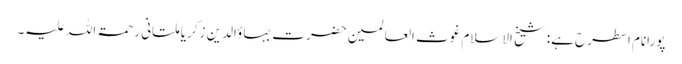
پورانام اسطرح ہے:شیخ الاسلام غوث العالمین حضرت بہاؤالدین زکریا ملتانی رحمۃ اللہ علیہ۔